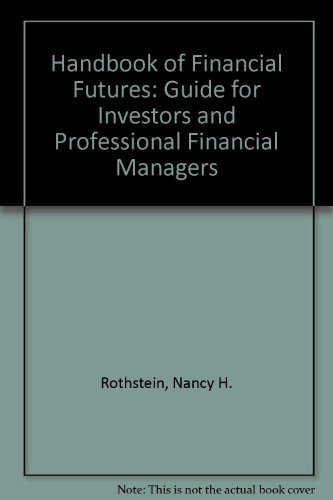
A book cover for The Handbook of Financial Futures; Business & Money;